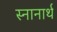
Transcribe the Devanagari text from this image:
स्‍नानार्थ